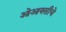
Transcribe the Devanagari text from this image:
ओआयसीचे